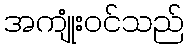
အကျုံးဝင်သည်